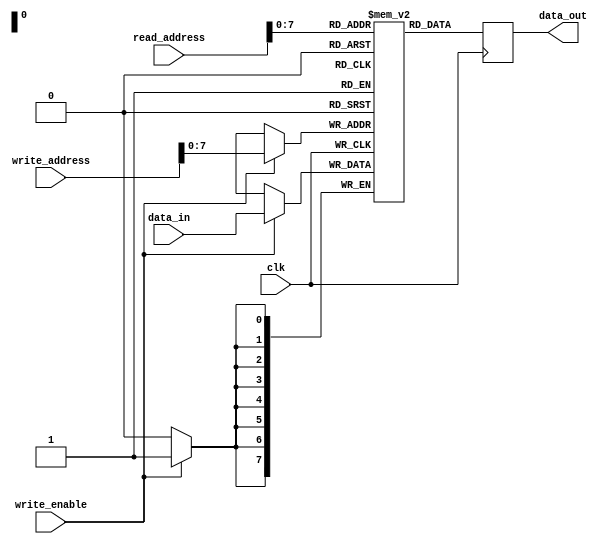
module ram (
    input clk,
    input [15:0] read_address,
    input [15:0] write_address,
    input [7:0] data_in, 
    input write_enable,
    output reg [7:0] data_out
);
    parameter MEM_LENGTH = 255;
    parameter MEM_INIT_FILE = "";

    reg [7:0] memory [0:MEM_LENGTH-1];

    initial begin
        if (MEM_INIT_FILE != "") begin
            $readmemh(MEM_INIT_FILE, memory);
        end
    end

    always @(posedge clk) begin
        if (write_enable) begin
            memory[write_address] <= data_in;
        end
        data_out <= memory[read_address];
    end

endmodule